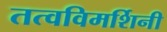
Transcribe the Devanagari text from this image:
तत्वविमर्शिनी